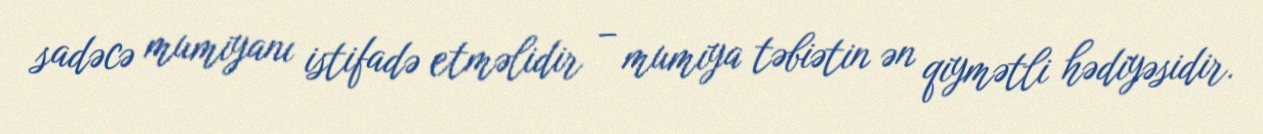
sadəcə mumiyanı istifadə etməlidir – mumiya təbiətin ən qiymətli hədiyəsidir.